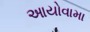
આયોવામા